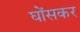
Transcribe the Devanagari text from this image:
घोंसकर